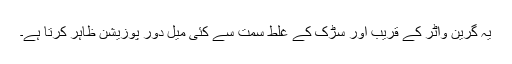
یہ گرین واٹر کے قریب اور سڑک کے غلط سمت سے کئی میل دور پوزیشن ظاہر کرتا ہے۔